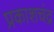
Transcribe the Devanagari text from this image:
प्रकाशचंद्र